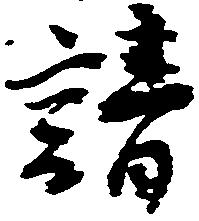
請